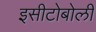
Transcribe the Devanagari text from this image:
इसीटोबोली